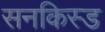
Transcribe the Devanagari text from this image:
सनकिस्ड